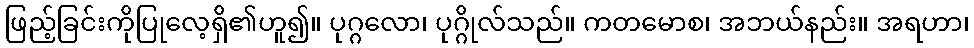
ဖြည့်ခြင်းကိုပြုလေ့ရှိ၏ဟူ၍။ ပုဂ္ဂလော၊ ပုဂ္ဂိုလ်သည်။ ကတမောစ၊ အဘယ်နည်း။ အရဟာ၊